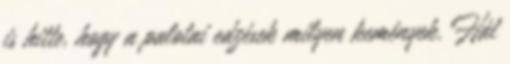
is hitte, hogy a palotai edzések milyen kemények. Hát